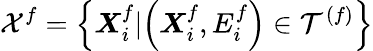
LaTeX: \mathcal{X}^{f}=\left\{ \boldsymbol{X}_{i}^{f}\lvert\left(\boldsymbol{X}_{i}^{f},E_{i}^{f}\right)\in\mathcal{T}^{(f)}\right\}